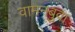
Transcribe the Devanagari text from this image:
वामनबुवा